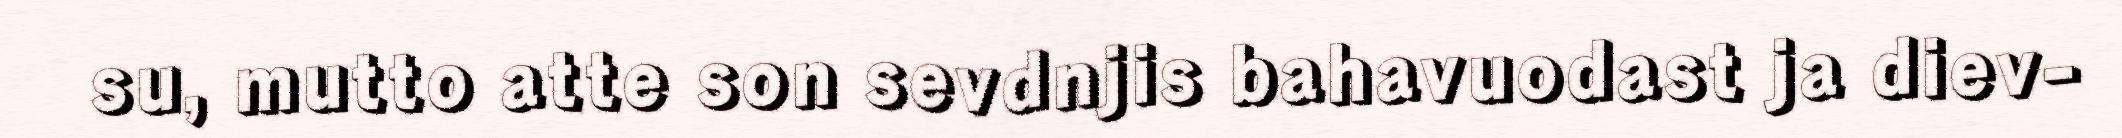
su, mutto atte son sevdnjis bahavuodast ja diev-